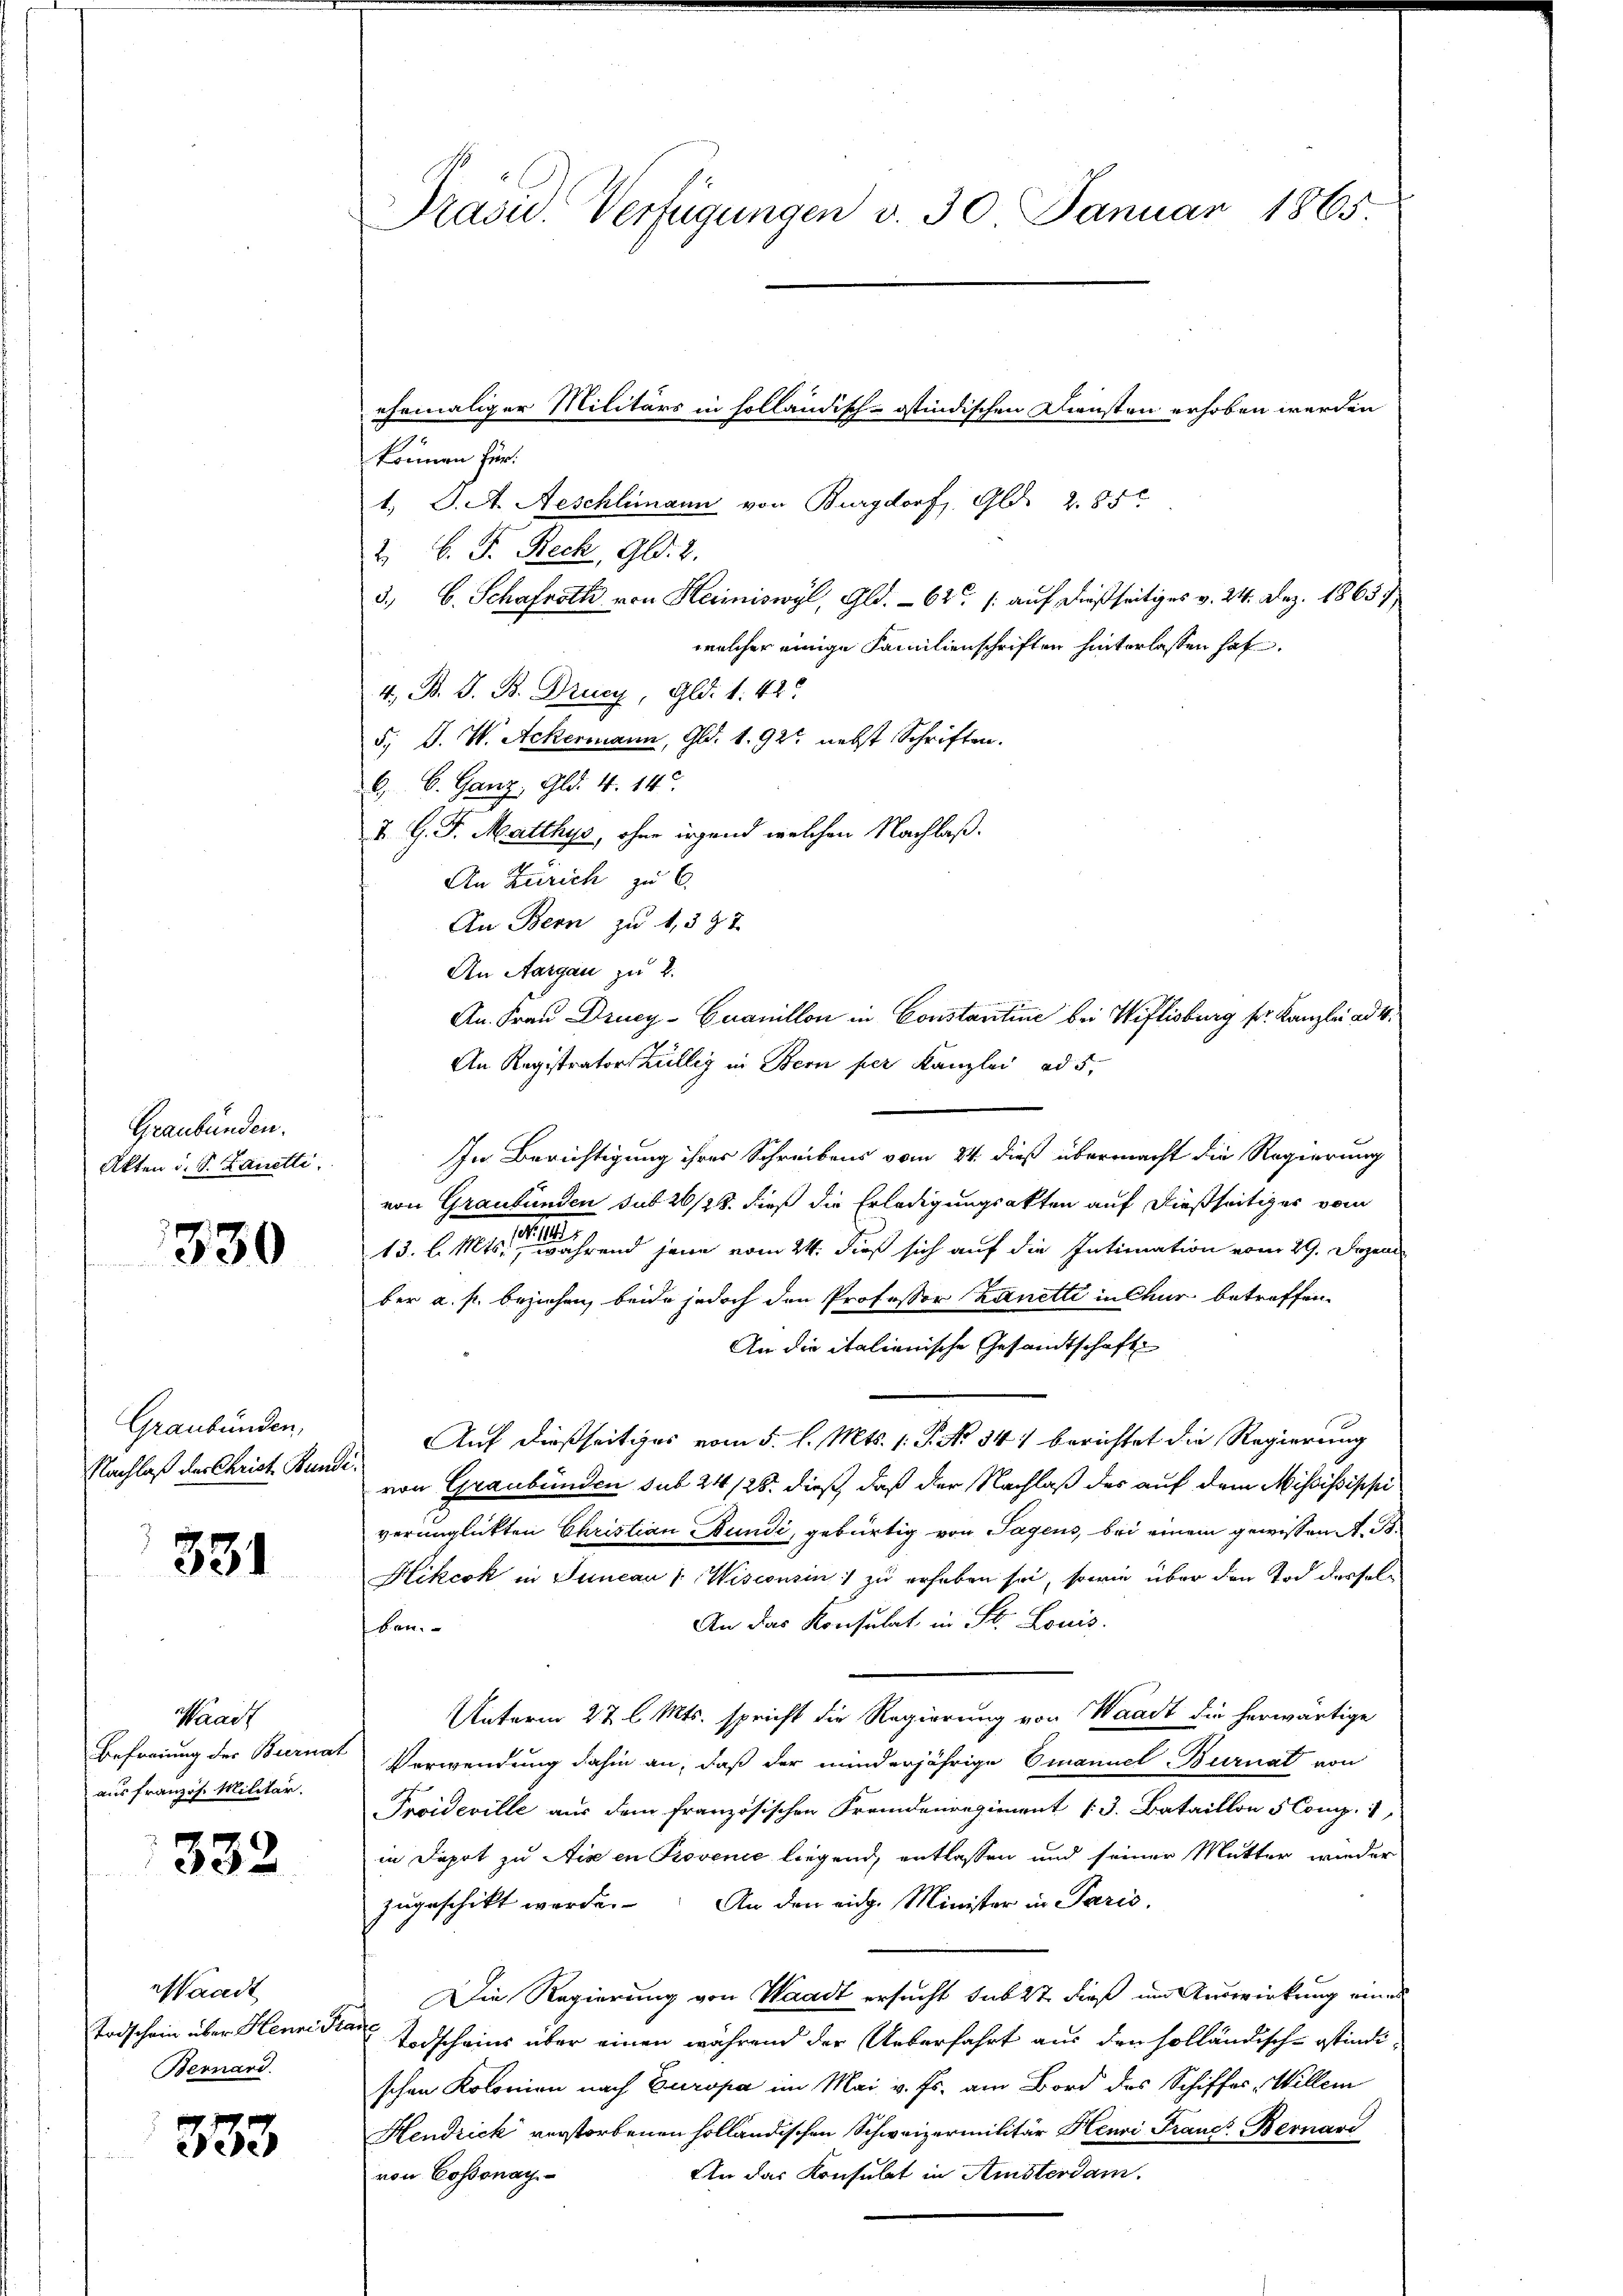
Graubünden.
Akten d. d. Lanetti,

330

Graubünden,
Nachlaß der Christ. Bunde

331

Waadt
Befreiung der Biernat
aus französ. Militär.

332

Waadt
Todschein über Henni Pra
Bernard.

333

Präsid. Verfügungen v. 30 Januar 1865

können Her
1. S. A. Aeschlimann von Burgdorf, Gld. 2. 550
2. 6. F. Reck, Gld. 2.
3. b. Schafrath von Heimiswyl, Gld. - 62. /: auf dießseitiges v. 24. Dez. 1865 1/
welcher einige Familienschriften hinterlassen hat.
4. B. G. B. Drucy, Gld. 1. 42.
5; D. W. Ackermann, Gld. 1. 92 nebst Schriften.
6. C. Ganz, Gld. 4. 14.
7. G. J. Matthys, ohne irgend welchen Nachlaß¬
An Zürich zu 6.
An Bern zu 1,397
An Aargau zu 2.
An. Frau Drucy-Cuanillon in Constantine bei Wiflisburg sr. Kanzlei ad 4.
An Registrator Züllig in Bern per Kanzlei ad 5.
In Berichtigung ihrer Schreibens vom 24. dieß übermacht die Regierung
von Graubünden sub 20/22. dieß die Erledigungsakten auf dießseitiger vom
13. l. Mts. er während jene vom 24. dieß sich auf die Intimation vom 29. Depend
ber a. p. beziehen, beide jedoch den Professor Lanetti in Chur betreffen.
An die italienische Gesandtschaft
Auf dießseitiges vom 5. l. Mts. 1. P. No 347 berichtet die Regierung
von Graubünden sub 24/26. dieß, daß der Nachlaß der auf dem Mississippi
verunglickten Christian Bundi, gebürtig von Tagens, bei einem gewissen A. S.
Kikcok in Juncau 1. Wisconsen) zu erhaben sei, sowie über den Tod dersel¬
An das Konsulat in St. Louis.
ben.
Unterm 27 l. Mts. spricht die Regierung von Waadt die herwärtige
Verwendung dahin an, daß der minderjährige Omanuel Burnat von
Proideville aus dem französischen Fremdenregiment 13. Bataillon 5 Comp. 1
in Depot zu Aisen Provenić liegend, entlassen und seiner Mutter wieder
zugeschikt werde. An den eine Minister in Paris,
Die Regierung von Waadt ersucht sub 27 dieß um Auswirkung eines
r
Todscheins über einen während der Ueberfahrt aus den holländisch-ostindischen Kolonien nach Europa im Mai v. Js. am Bord des Schiffes, Willem
Hendrick verstorbenen holländischen Schweizermilitär Henri Fraues Bernard
An das Konsulat in Amsterdam.
von Cossonay

ehemaliger Militärs in solländisch-ostindischen Diensten erhoben werden